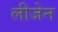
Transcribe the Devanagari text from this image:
लीजेन